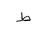
Letter: _da